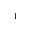
_ { 1 }